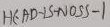
Text: HEAD-IS-NOSS-1